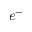
e ^ { - }